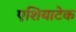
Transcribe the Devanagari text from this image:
एशियाटेक